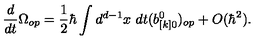
{ \frac { d } { d t } } \Omega _ { o p } = { \frac { 1 } { 2 } } \hbar \int d ^ { d - 1 } x \ d t ( b _ { [ k ] 0 } ^ { 0 } ) _ { o p } + O ( \hbar ^ { 2 } ) .